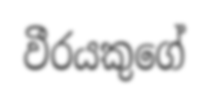
වීරයකුගේ